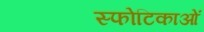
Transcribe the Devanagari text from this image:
स्फोटिकाओं